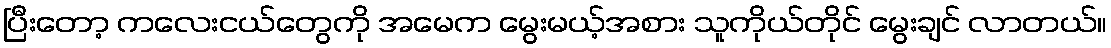
ပြီးတော့ ကလေးငယ်တွေကို အမေက မွေးမယ့်အစား သူကိုယ်တိုင် မွေးချင် လာတယ်။